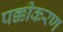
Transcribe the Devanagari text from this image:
पक्कीकरण